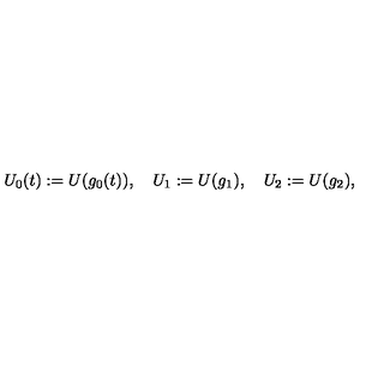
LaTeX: U _ { 0 } ( t ) : = U ( g _ { 0 } ( t ) ) , \quad U _ { 1 } : = U ( g _ { 1 } ) , \quad U _ { 2 } : = U ( g _ { 2 } ) ,